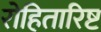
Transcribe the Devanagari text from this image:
रोहितारिष्ट